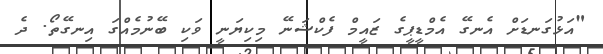
"އަޅުގަނޑަށް އެނގޭ އެމްޑީޕީގެ ޒައީމް ފެކްޝަނޭ މިކިޔަނީ ވަކި ބޭނުމެއްގަ އިނގޭތޯ. ދެ